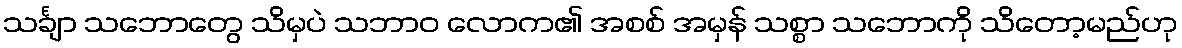
သင်္ချာ သဘောတွေ သိမှပဲ သဘာဝ လောက၏ အစစ် အမှန် သစ္စာ သဘောကို သိတော့မည်ဟု